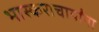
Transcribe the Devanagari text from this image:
भास्कराचार्यांना